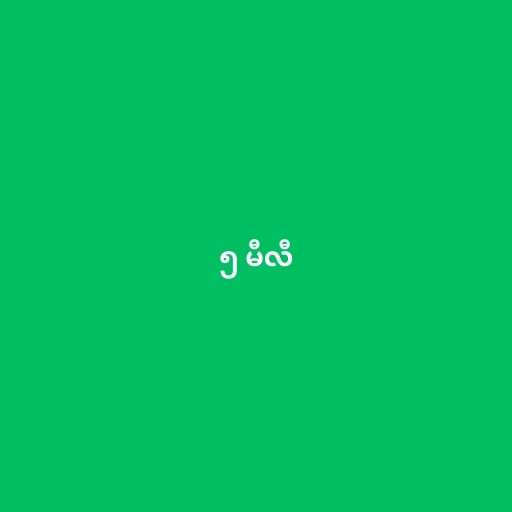
၅ မီလီ